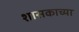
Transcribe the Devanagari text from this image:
शासकाच्या